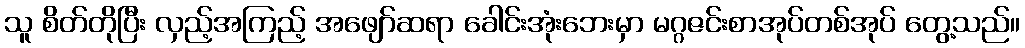
သူ စိတ်တိုပြီး လှည့်အကြည့် အဖျော်ဆရာ ခေါင်းအုံးဘေးမှာ မဂ္ဂဇင်းစာအုပ်တစ်အုပ် တွေ့သည်။